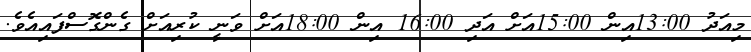
މިއަދު 13:00އިން 15:00އަށް އަދި 16:00 އިން 18:00އަށް ވަނީ ކުރިއަށް ގެންގޮސްފައިއެވެ.